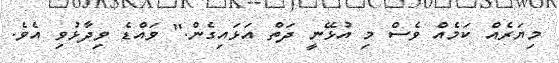
މިޔަރެއް ކަމެއް ވެސް މި އުޅޭނީ ދަތް އަޅައިގެން." ވައްޑެ ވިދާޅުވި އެވެ.